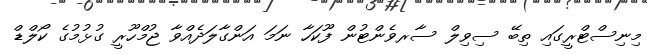
މިނިސްޓްރީގައި ތިބޭ ސިވިލް ސާރވެންޓުން ފޫކަހާ ނަމަ އަންގާލަދެއްވާ ޖުމްހޫރީ ގުޅުމުގެ ކޯލްޑް